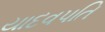
યાદવપતિ